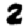
Digit: 2